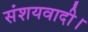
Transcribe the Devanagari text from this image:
संशयवादी।